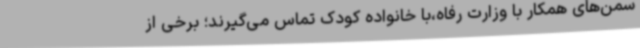
سمن‌های همکار با وزارت رفاه،با خانواده کودک تماس می‌گیرند؛ برخی از